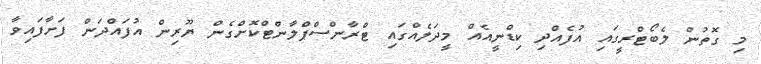
މި ގޮތުން ލެބޯޓްރީގައި އުފެއްދި ކިޑްނީއެއް މީދަލެއްގައި ޓްރާންސްޕްލާންޓްކޮށްގެން ޔޫރިން އުފައްދަން ފަށާފައިވާ